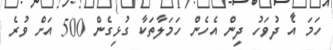
ހަމަ އެ ދުވަހު ދިން އެހެން ހަމަލާތަކާ ގުޅިގެން 500 އަށް ވުރެ